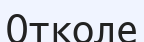
Отколе